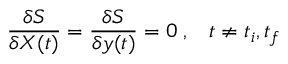
{ \frac { \delta S } { \delta X ( t ) } } = { \frac { \delta S } { \delta y ( t ) } } = 0 \; , \; \; \; t \neq t _ { i } , t _ { f }